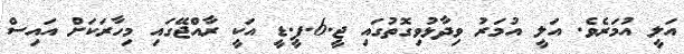
އަލީ އުމަރެވެ. އަލީ އުމަރު ވިދާޅުވިގޮތުގައި ޖީ.6.ޕީ.ޑީ އަކީ ރާއްޖޭގައި މިހާރަކަށް އައިސް